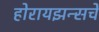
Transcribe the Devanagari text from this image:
होरायझन्सचे